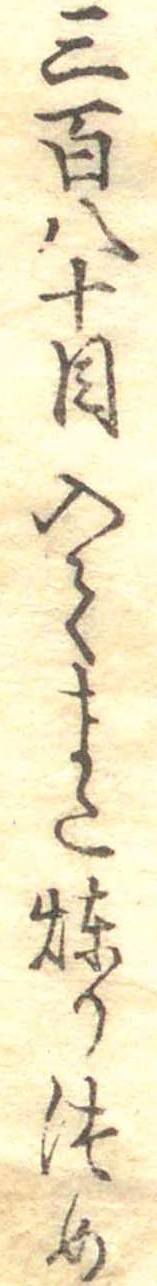
三百八十目入てまた煉りつめ